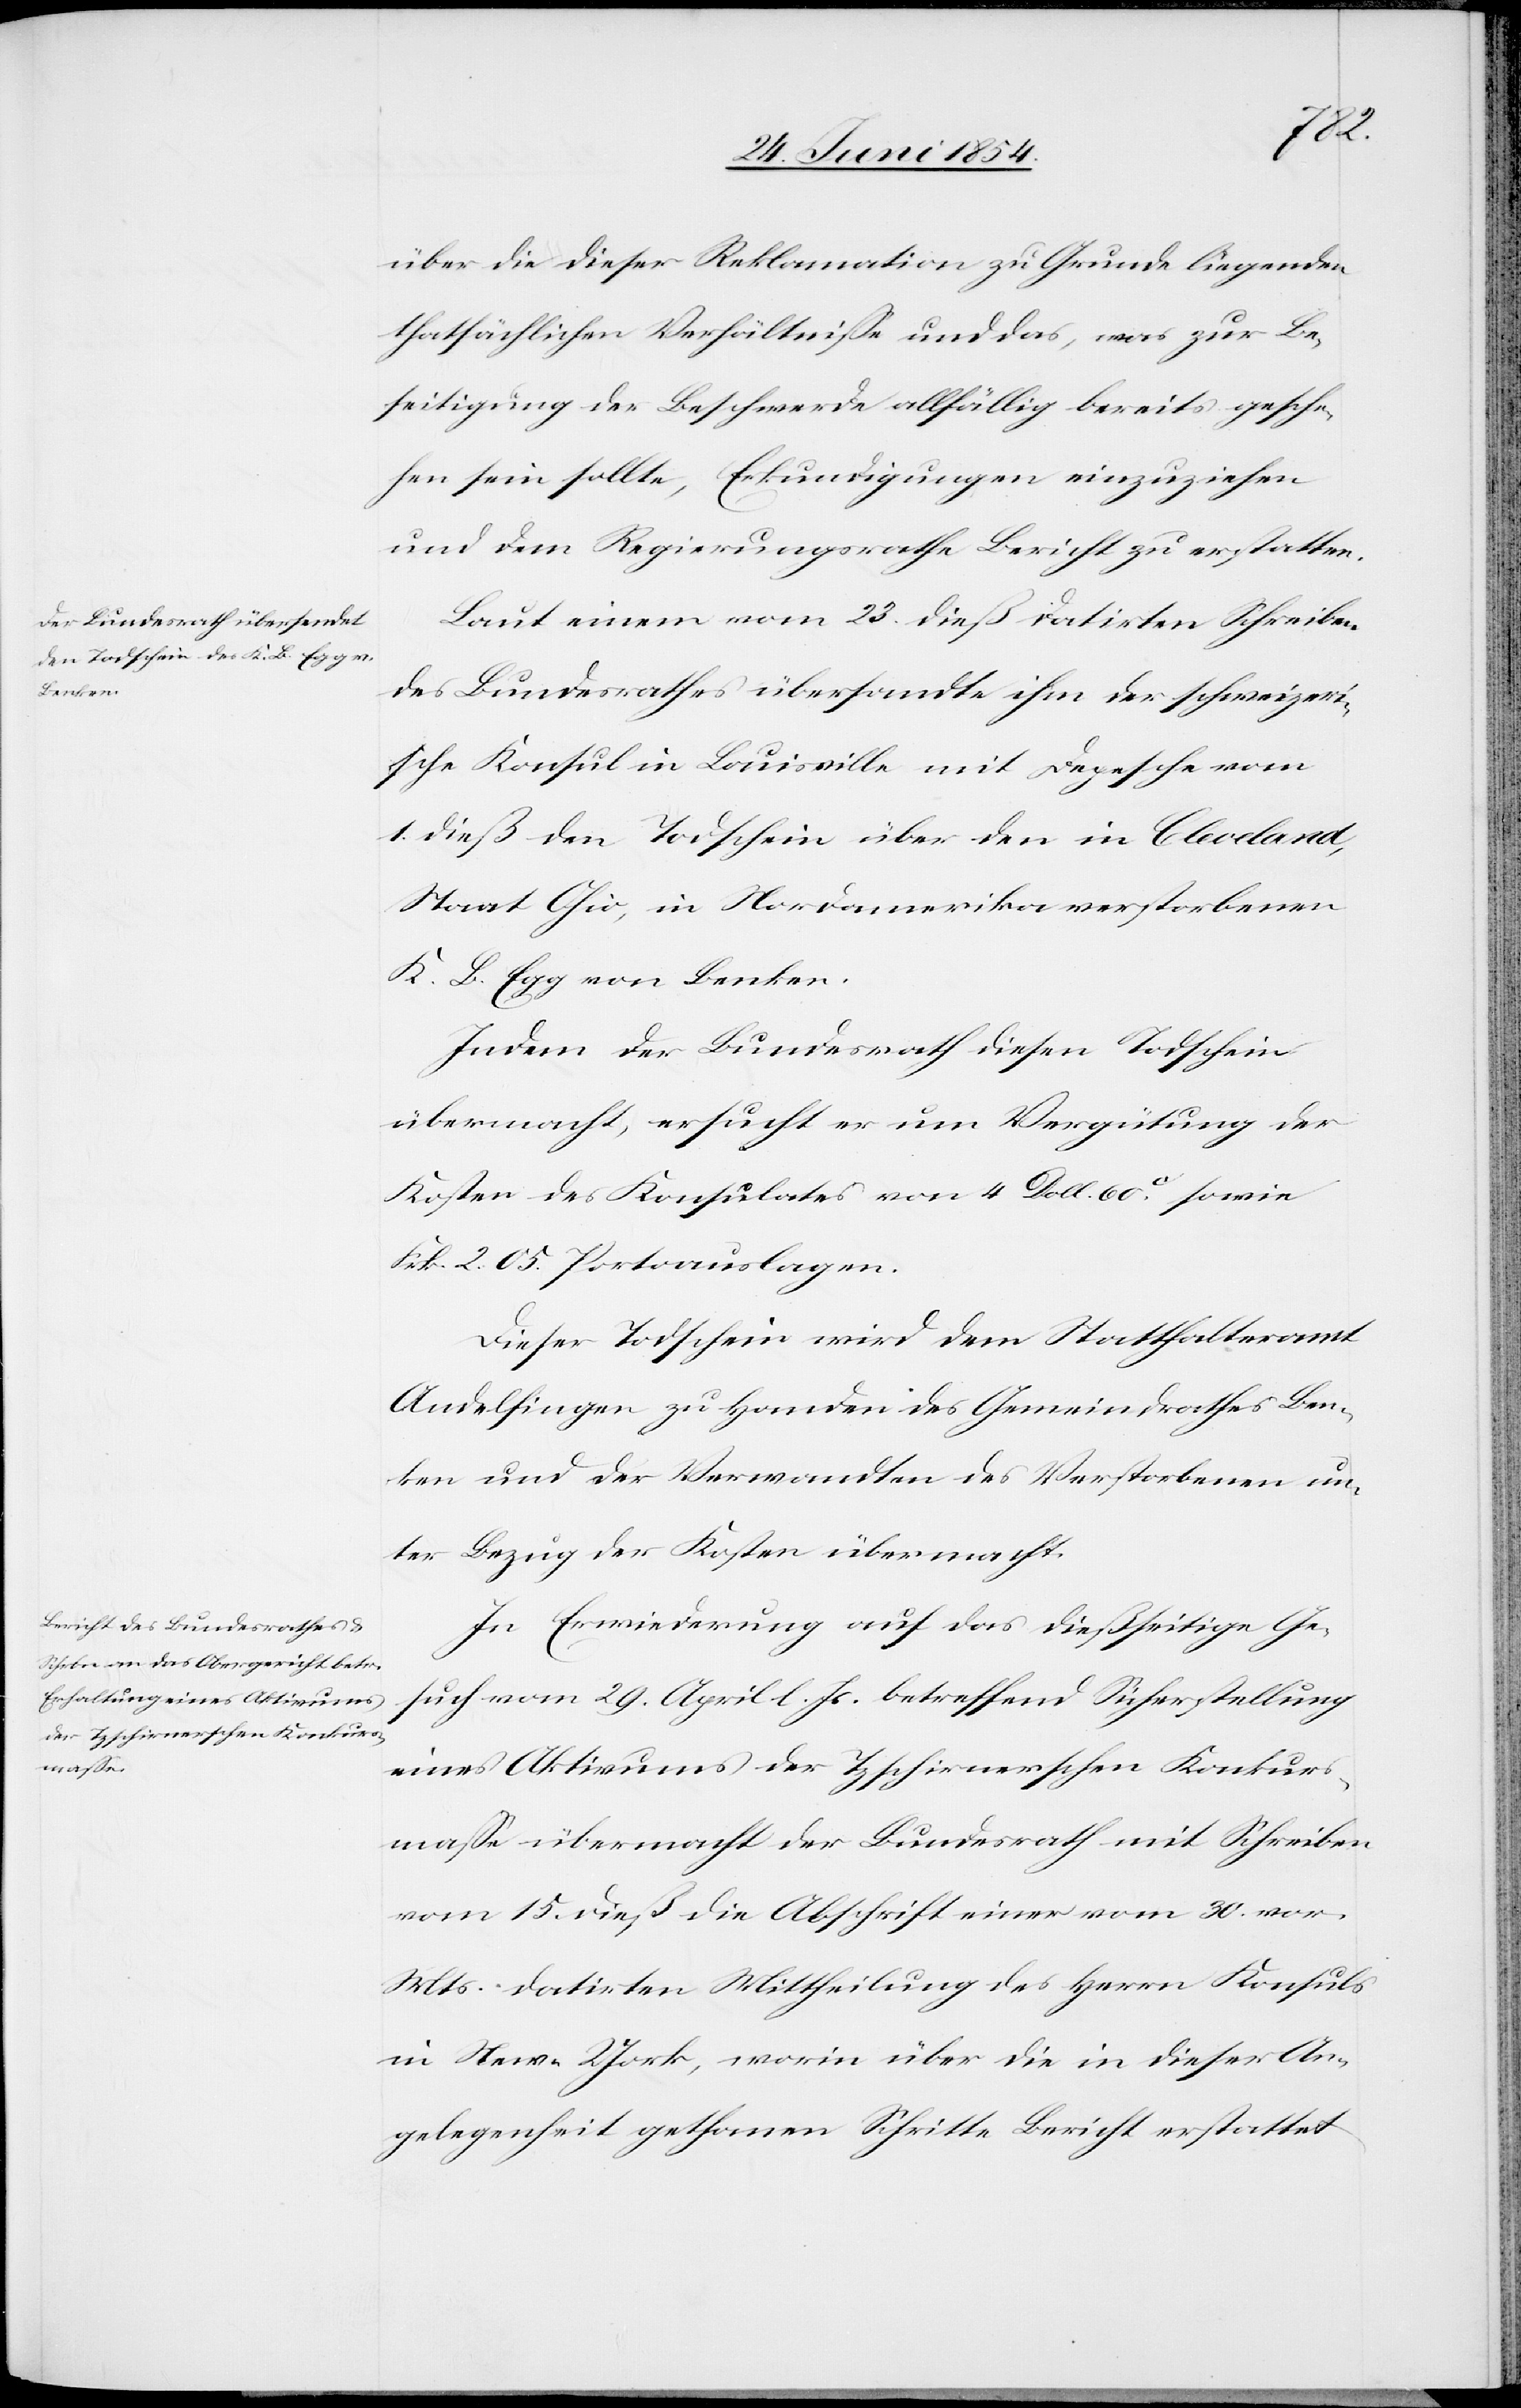
Laut einem vom 23. dieß datirten Schreiben
des Bundesrathes übersandte ihm der schweizeri¬
sche Konsul in Louisville mit Depesche vom
1. dieß den Todschein über den in Cleveland,
Staat Ohio, in Nordamerika verstorbenen
K. L. Egg von Benken.
Indem der Bundesrath diesen Todschein
übermacht, ersucht er um Vergütung der
Kosten des Konsulates von 4 Doll. 60c sowie
Frk. 2.05. Portoauslagen.
Dieser Todschein wird dem Statthalteramt
Andelfingen zu Handen des Gemeindrathes Ben¬
ken und der Verwandten des Verstorbenen un¬
ter Bezug der Kosten übermacht.
In Erwiederung auf das dießseitige Ge¬
such vom 29. April l. Js. betreffend Sicherstellung
eines Aktivums der Tzschirnerschen Konkurs¬
maße übermacht der Bundesrath mit Schreiben
vom 15. dieß die Abschrift einer vom 30. vor.
Mts. datirten Mittheilung des Herrn Konsuls
in New-York, worin über die in dieser An¬
gelegenheit gethanen Schritte Bericht erstattet